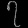
Digit: ၇